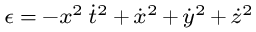
\scriptstyle \epsilon \; = \; - x ^ { 2 } \, { \dot { t } } ^ { 2 } \, + \, { \dot { x } } ^ { 2 } \, + \, { \dot { y } } ^ { 2 } \, + \, { \dot { z } } ^ { 2 }